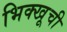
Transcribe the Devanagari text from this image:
भिक्खूची